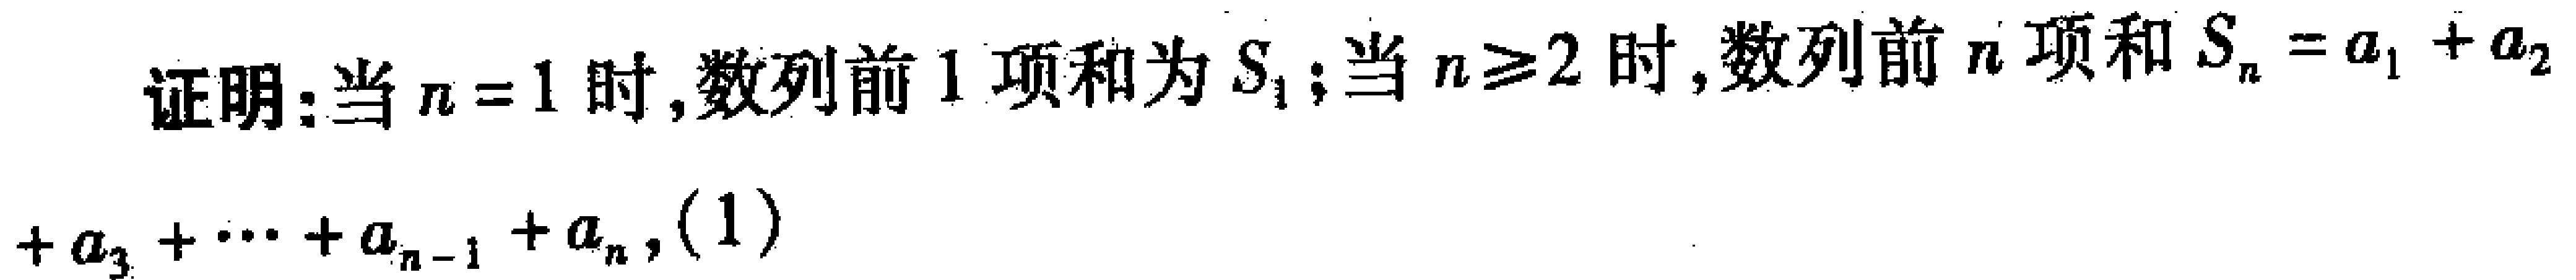
证明：当\(n = 1\)时，数列前\(1\)项和为\(S_{1}\)；当\(n\geq2\)时，数列前\(n\)项和\(S_{n}=a_{1}+a_{2}+a_{3}+\cdots +a_{n - 1}+a_{n}\)，\((1)\)